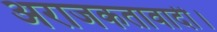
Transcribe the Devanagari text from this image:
अराजकतावादी।